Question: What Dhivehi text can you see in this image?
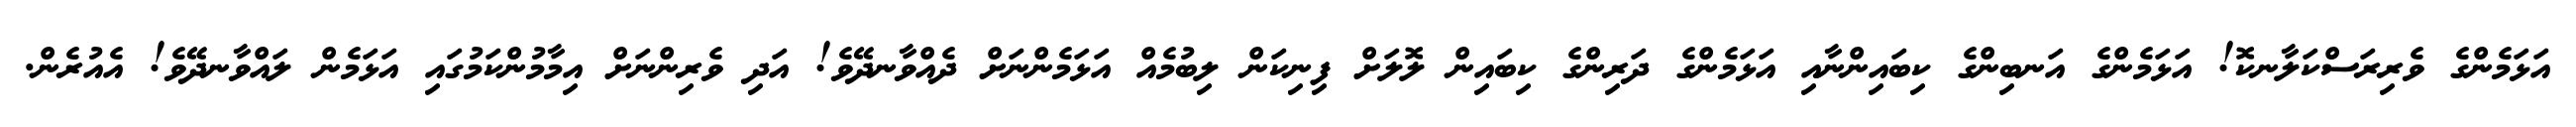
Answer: އަޅަމެންގެ ވެރިރަސްކަލާނކޮ! އަޅަމެންގެ އަނބިންގެ ކިބައިންނާއި އަޅަމެންގެ ދަރިންގެ ކިބައިން ލޮލަށް ފިނިކަން ލިބުމެއް އަޅަމެންނަށް ދެއްވާނދޭވެ! އަދި ވެރިންނަށް އިމާމުންކަމުގައި އަޅަމެން ލައްވާނދޭވެ! އެއުރެން.